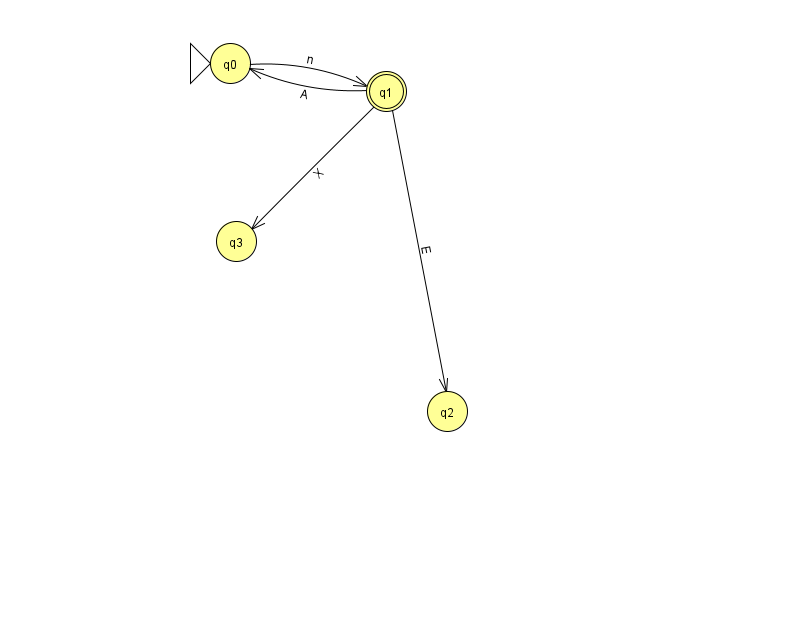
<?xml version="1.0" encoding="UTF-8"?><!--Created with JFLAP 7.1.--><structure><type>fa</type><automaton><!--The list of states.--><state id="0" name="q0"><x>230.0</x><y>50.0</y><initial/></state><state id="1" name="q1"><x>386.0</x><y>78.0</y><final/></state><state id="2" name="q2"><x>447.0</x><y>398.0</y></state><state id="3" name="q3"><x>236.0</x><y>228.0</y></state><!--The list of transitions.--><transition><from>0</from><to>1</to><read>n</read></transition><transition><from>1</from><to>3</to><read>X</read></transition><transition><from>1</from><to>2</to><read>E</read></transition><transition><from>1</from><to>0</to><read>A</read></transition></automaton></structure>